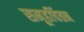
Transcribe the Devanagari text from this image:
समूहचिंतन